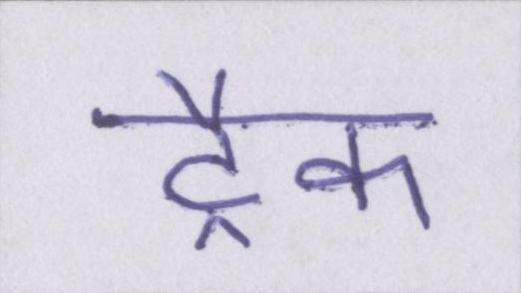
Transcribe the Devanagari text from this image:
ट्रैक